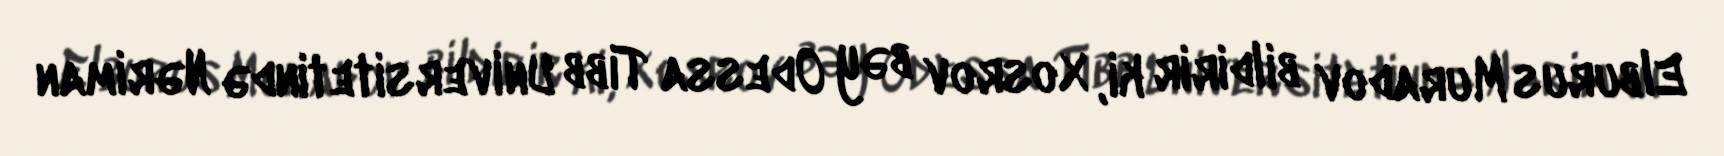
Elburus Muradov bildirir ki, Xosrov bəy Odessa Tibb Universitetində Nəriman